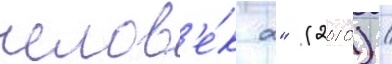
челов'е́к 2" (2010) /